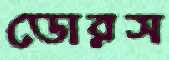
ডোরস